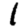
Digit: 1